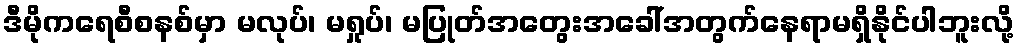
ဒီမိုကရေစီစနစ်မှာ မလုပ်၊ မရှုပ်၊ မပြုတ်အတွေးအခေါ်အတွက်နေရာမရှိနိုင်ပါဘူးလို့